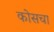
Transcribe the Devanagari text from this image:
कोसचा